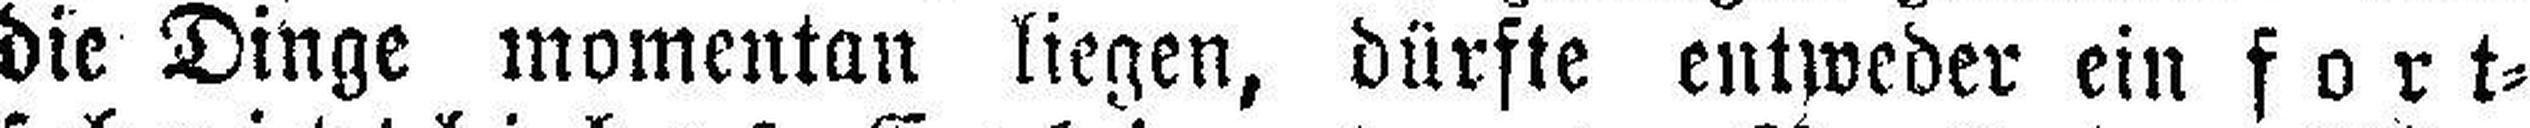
die Dinge momentan liegen, dürste entweder ein fort¬